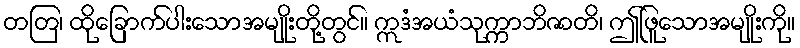
တတြ၊ ထိုခြောက်ပါးသောအမျိုးတို့တွင်။ ဣဒံအယံသုက္ကာဘိဇာတိ၊ ဤဖြူသောအမျိုးကို။